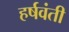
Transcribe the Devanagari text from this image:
हर्षवंती